On the importance of larval characters in the classification of mosquitoes - Number 25
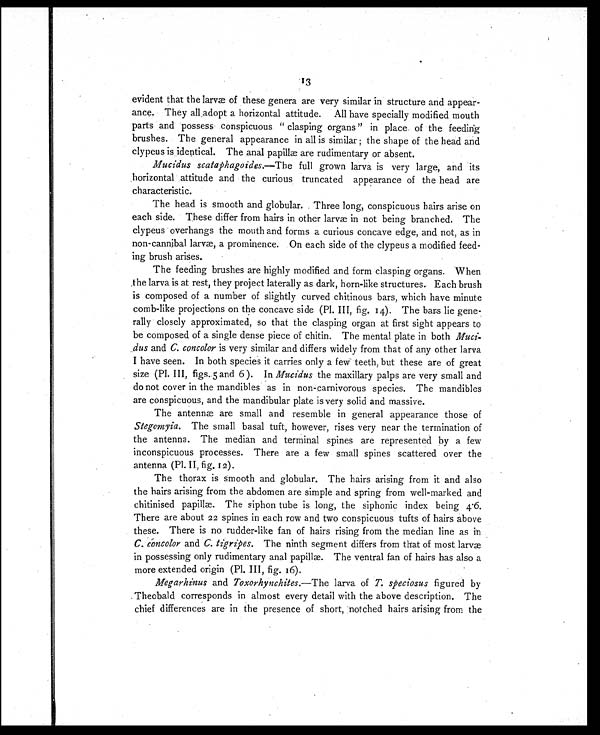
13
evident that the larvæ of these genera are very similar in structure and appear-
ance. They all adopt a horizontal attitude. All have specially modified mouth
parts and possess conspicuous "clasping organs" in place of the feeding
brushes. The general appearance in all is similar ; the shape of the head and
clypeus is identical. The anal papillæ are rudimentary or absent.
Mucidus scataphagoides. —The full grown larva is very large, and its
horizontal attitude and the curious truncated appearance of the head are
characteristic.
The head is smooth and globular. Three long, conspicuous hairs arise on
each side. These differ from hairs in other larvæ in not being branched. The
clypeus overhangs the mouth and forms a curious concave edge, and not, as in
non-cannibal larvæ, a prominence. On each side of the clypeus a modified feed-
ing brush arises.
The feeding brushes are highly modified and form clasping organs. When
the larva is at rest, they project laterally as dark, horn-like structures. Each brush
is composed of a number of slightly curved chitinous bars, which have minute
comb-like projections on the concave side (Pl. III, fig. 14). The bars lie gene-
rally closely approximated, so that the clasping organ at first sight appears to
be composed of a single dense piece of chitin. The mental plate in both Muci-
dus and C. concolor is very similar and differs widely from that of any other larva
I have seen. In both species it carries only a few teeth, but these are of great
size (Pl. III, figs. sand 6). In Mucidus the maxillary palps are very small and
do not cover in the mandibles as in non-carnivorous species. The mandibles
are conspicuous, and the mandibular plate is very solid and massive.
The antennæ are small and resemble in general appearance those of
Stegomyia. The small basal tuft; however, rises very near the termination of
the antenna. The median and terminal spines are represented by a few
inconspicuous processes. There are a few small spines scattered over the
antenna (Pl. II, fig, 12).
The thorax is smooth and globular. The hairs arising from it and also
the hairs arising from the abdomen are simple and spring from well-marked and
chitinised papillæ. The siphon tube is long, the siphonic index being 4.6.
There are about 22 spines in each row and two conspicuous tufts of hairs above
these. There is no rudder-like fan of hairs rising from the median line as in
C. concolor and C. tigripes. The ninth segment differs from that of most larvæ
in possessing only rudimentary anal papillæ. The ventral fan of hairs has also a
more extended origin (Pl. III, fig. 16).
Megarhinus and Toxorhynchites. —The larva of T. speciosus figured by
Theobald corresponds in almost every detail with the above description. The
chief differences are in the presence of short, notched hairs arising from the